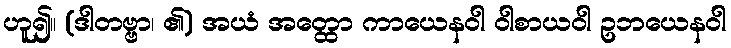
ဟူ၍။ (ဒါတဗ္ဗာ၊ ၏) အယံ အတ္ထော ကာယေနဝါ ဝါစာယဝါ ဥဘယေနဝါ